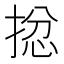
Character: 𢮈